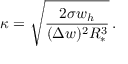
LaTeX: \kappa = \sqrt { \frac { 2 \sigma w _ { h } } { ( \Delta w ) ^ { 2 } R _ { * } ^ { 3 } } } \, .